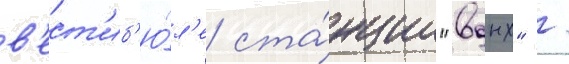
в'ест'иб'ю́л'е ста́нции "вднх" /